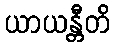
ယာယန္တီတိ